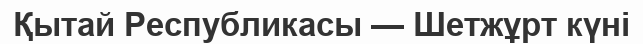
Қытай Республикасы — Шетжұрт күні